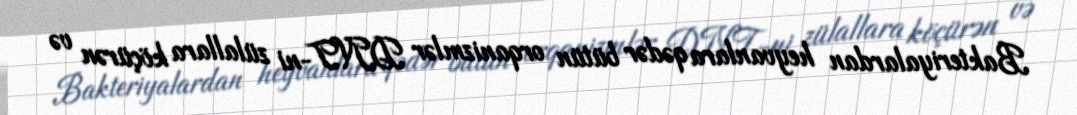
Bakteriyalardan heyvanlara qədər bütün orqanizmlər DNT-ni zülallara köçürən və